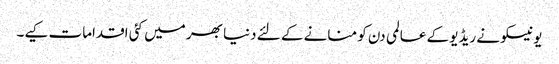
یونیسکو نے ریڈیو کے عالمی دن کو منانے کے لئے دنیا بھر میں کئی اقدامات کیے۔